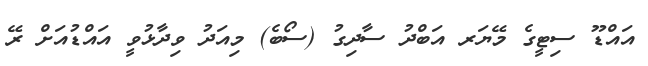
އައްޑޫ ސިޓީގެ މޭޔަރ އަބްދު ސާދިގު (ސޯބެ) މިއަދު ވިދާޅުވީ އައްޑުއަށް ރޭ